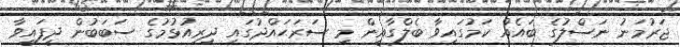
ޖަރުމަނު ނަސްލުގެ ބައެއް ކަމުގައިވާ ބެލްގާއީން މި ސަރަޙައްދުގައި ދިރިއުޅުމުގެ ސަބަބުން ދީފައިވާ